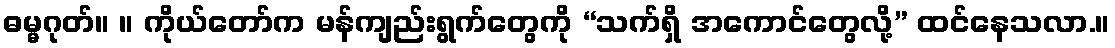
ဓမ္မဂုတ်။ ။ ကိုယ်တော်က မန်ကျည်းရွက်တွေကို “သက်ရှိ အကောင်တွေလို့” ထင်နေသလာ.။